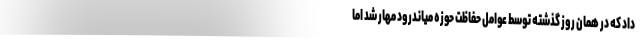
داد که در همان روز گذشته توسط عوامل حفاظت حوزه میاندرود مهار شد اما